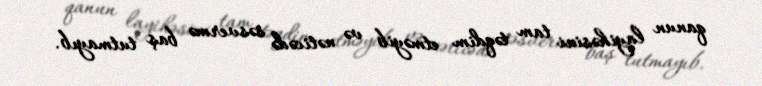
qanun layihəsini tam təqdim etməyib və nəticədə səsvermə baş tutmayıb.